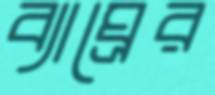
ব্যাঘ্রের